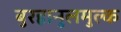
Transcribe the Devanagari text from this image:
बुरहानुलमुल्क